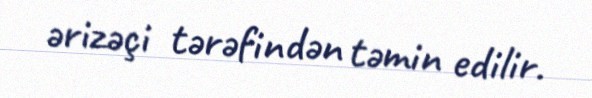
ərizəçi tərəfindən təmin edilir.